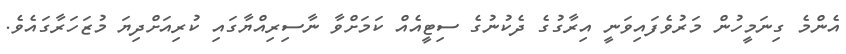
އެންމެ ގިނަމީހުން މަރުވެފައިވަނީ އިރާގުގެ ދެކުނުގެ ސިޓީއެއް ކަމަށްވާ ނާސިރިއްޔާގައި ކުރިއަށްދިޔަ މުޒަހަރާގައެވެ.